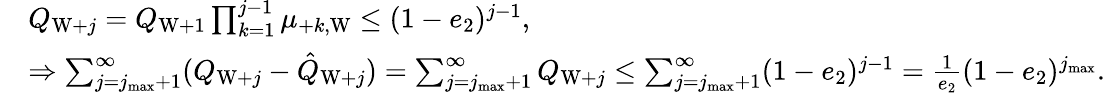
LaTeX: \begin{array}{rl}&{Q_{\mathrm{W}+j}=Q_{\mathrm{W}+1}\prod_{k=1}^{j-1}\mu_{+k,\mathrm{W}}\le(1-e_{2})^{j-1},}\\ &{\Rightarrow\sum_{j=j_{\operatorname*{max}}+1}^{\infty}(Q_{\mathrm{W}+j}-\hat{Q}_{\mathrm{W}+j})=\sum_{j=j_{\operatorname*{max}}+1}^{\infty}Q_{\mathrm{W}+j}\le\sum_{j=j_{\operatorname*{max}}+1}^{\infty}(1-e_{2})^{j-1}=\frac{1}{e_{2}}(1-e_{2})^{j_{\operatorname*{max}}}.}\end{array}